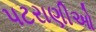
પટરાણીઓ